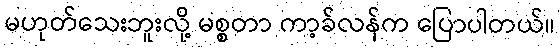
မဟုတ်သေးဘူးလို့ မစ္စတာ ကာ့ခ်လန်က ပြောပါတယ်။